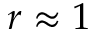
r \approx 1